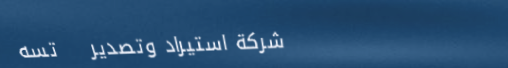
شركة استيراد وتصدير   تسه